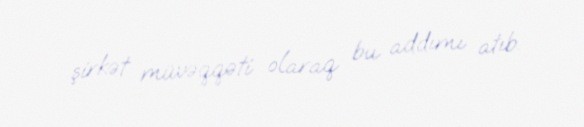
şirkət müvəqqəti olaraq bu addımı atıb.